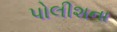
પોલીશના